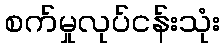
စက်မှုလုပ်ငန်းသုံး